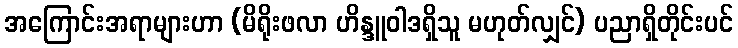
အကြောင်းအရာများဟာ (မိရိုးဖလာ ဟိန္ဒူဝါဒရှိသူ မဟုတ်လျှင်) ပညာရှိတိုင်းပင်